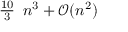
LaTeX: { \begin{array} { l } { { \frac { 1 0 } { 3 } } } \end{array} } n ^ { 3 } + { \mathcal { O } } ( n ^ { 2 } )